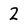
Character: 2